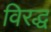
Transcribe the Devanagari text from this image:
विरद्ध